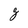
Character: g